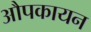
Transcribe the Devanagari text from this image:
औपकायन